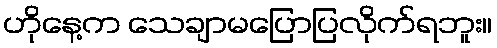
ဟိုနေ့က သေချာမပြောပြလိုက်ရဘူး။